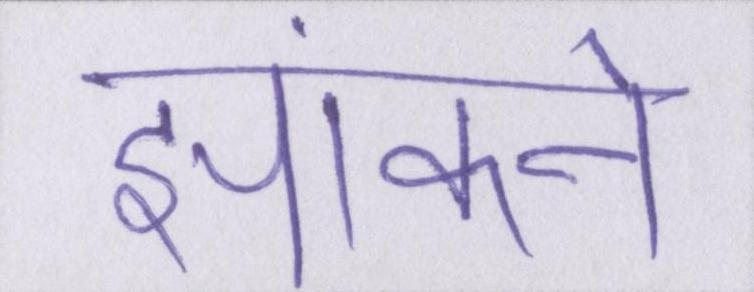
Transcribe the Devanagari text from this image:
झांकने